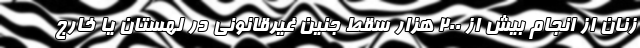
زنان از انجام بیش از 200 هزار سقط جنین غیرقانونی در لهستان یا خارج